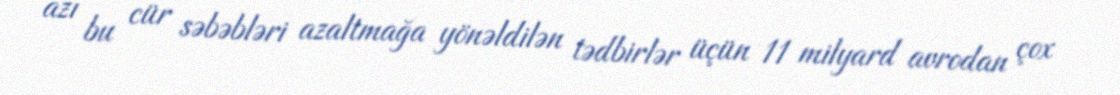
azı bu cür səbəbləri azaltmağa yönəldilən tədbirlər üçün 11 milyard avrodan çox